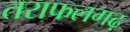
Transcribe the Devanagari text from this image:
तराफलगढ़